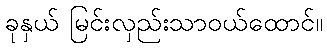
ခုနှယ် မြင်းလှည်းသာဝယ်ထောင်။